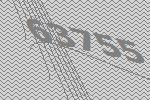
63755